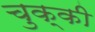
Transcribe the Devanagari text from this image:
चुक्की